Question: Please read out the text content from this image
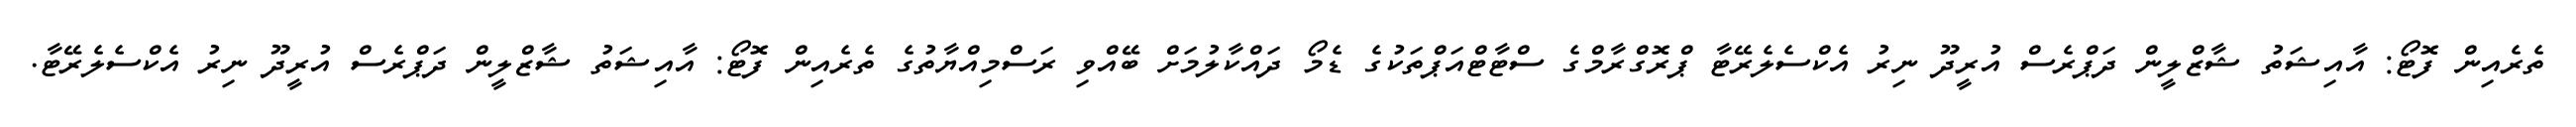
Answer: ތެރެއިން ފޮޓޯ: އާއިޝަތު ޝާޒްލީން ދަޕްރެސް އުރީދޫ ނިރު އެކްސެލެރޭޓާ ޕްރޮގްރާމްގެ ސްޓާޓްއަޕްތަކުގެ ޑެމޯ ދައްކާލުމަށް ބޭއްވި ރަސްމިއްޔާތުގެ ތެރެއިން ފޮޓޯ: އާއިޝަތު ޝާޒްލީން ދަޕްރެސް އުރީދޫ ނިރު އެކްސެލެރޭޓާ.